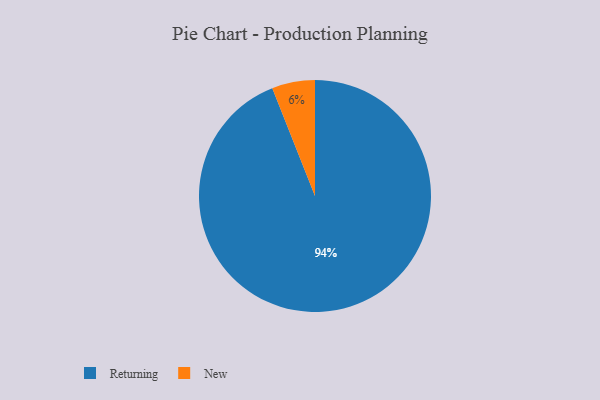
{"axis": {"x": "Category", "y": "Percentage"}, "legend": ["New", "Returning"], "data": [{"x": "New", "y": 6, "type": "New"}, {"x": "Returning", "y": 94, "type": "Returning"}]}